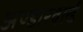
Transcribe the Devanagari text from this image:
अण्डारवर्ल्ड